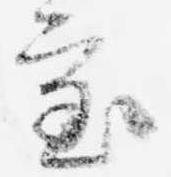
審